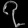
Digit: ၇